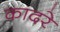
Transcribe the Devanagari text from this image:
कादरे